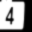
Digit: 4